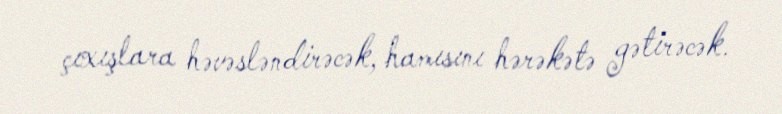
çıxışlara həvəsləndirəcək, hamısını hərəkətə gətirəcək.